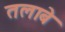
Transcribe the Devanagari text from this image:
तलाबे